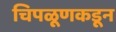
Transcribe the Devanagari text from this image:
चिपळूणकडून